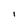
Character: I